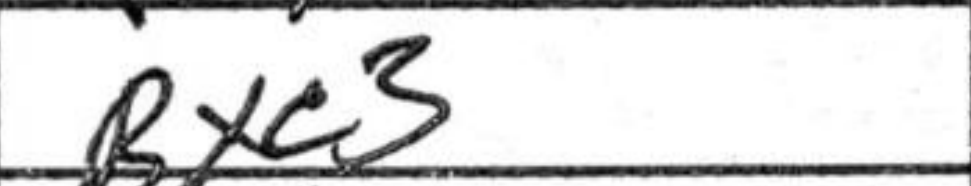
Transcription: Bxc3